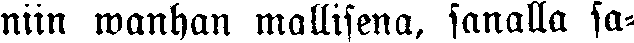
niin wanhan mallisena, sanalla sa-